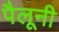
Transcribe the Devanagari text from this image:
पैलूनी